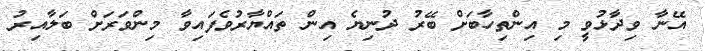
އޭނާ ވިދާޅުވީ މި އިންތިހާބަށް ބޭރު ދުނިޔެ އިން ތައްޔާރުވެފައިވާ މިންވަރަށް ބަލާއިރު